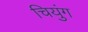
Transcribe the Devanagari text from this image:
चियुंग